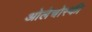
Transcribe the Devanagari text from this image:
ओलेचोस्की